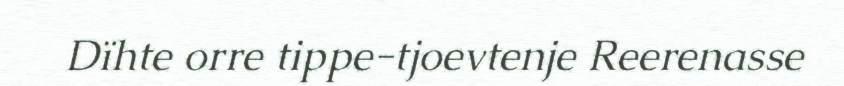
Dïhte orre tippe-tjoevtenje Reerenasse